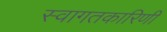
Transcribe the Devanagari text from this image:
स्वागतकारिणी